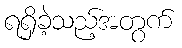
ရရှိခဲ့သည့်အတွက်